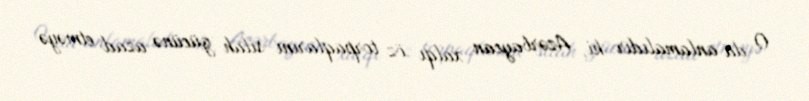
O da anlamalıdır ki, Azərbaycan xalqı öz torpaqlarını silah gücünə azad etməyə